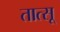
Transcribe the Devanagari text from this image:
तात्सू